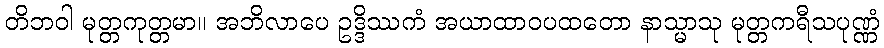
တိဘဝါ မုတ္တကုတ္တမာ။ အဘိလာပေ ဥဒ္ဒိဿကံ အယာထာဝပထတော နာသ္မာသု မုတ္တကရီသပုဏ္ဏံ